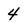
Character: 4